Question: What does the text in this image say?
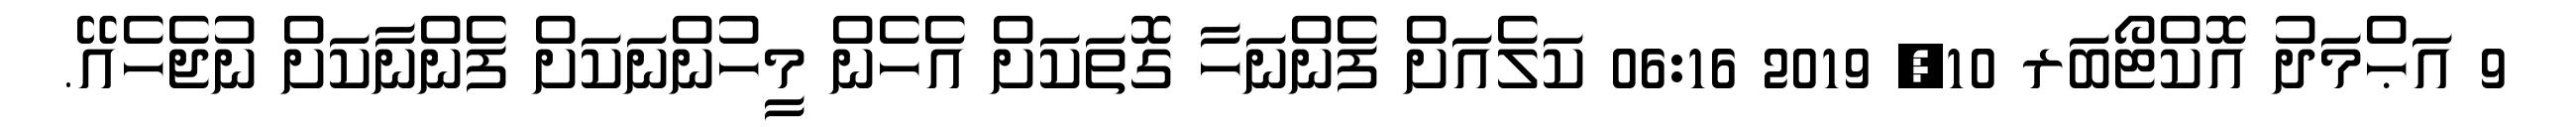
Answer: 9 އަޙްމަދު އޮކްޓޯބަރ 10, 2019 06:16 ކަލެއަށް ފެންނަހާ ގޮތަކަށް އެހެން މީހުންނަކަށް ފެންނާކަށް ނުޖެހެއޭ.